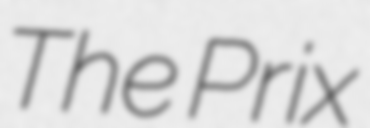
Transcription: The Prix